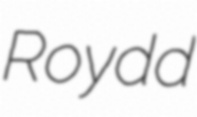
Roydd